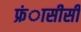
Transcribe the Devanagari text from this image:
फ्रंासीसी